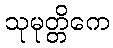
သုမုတ္တိကေ